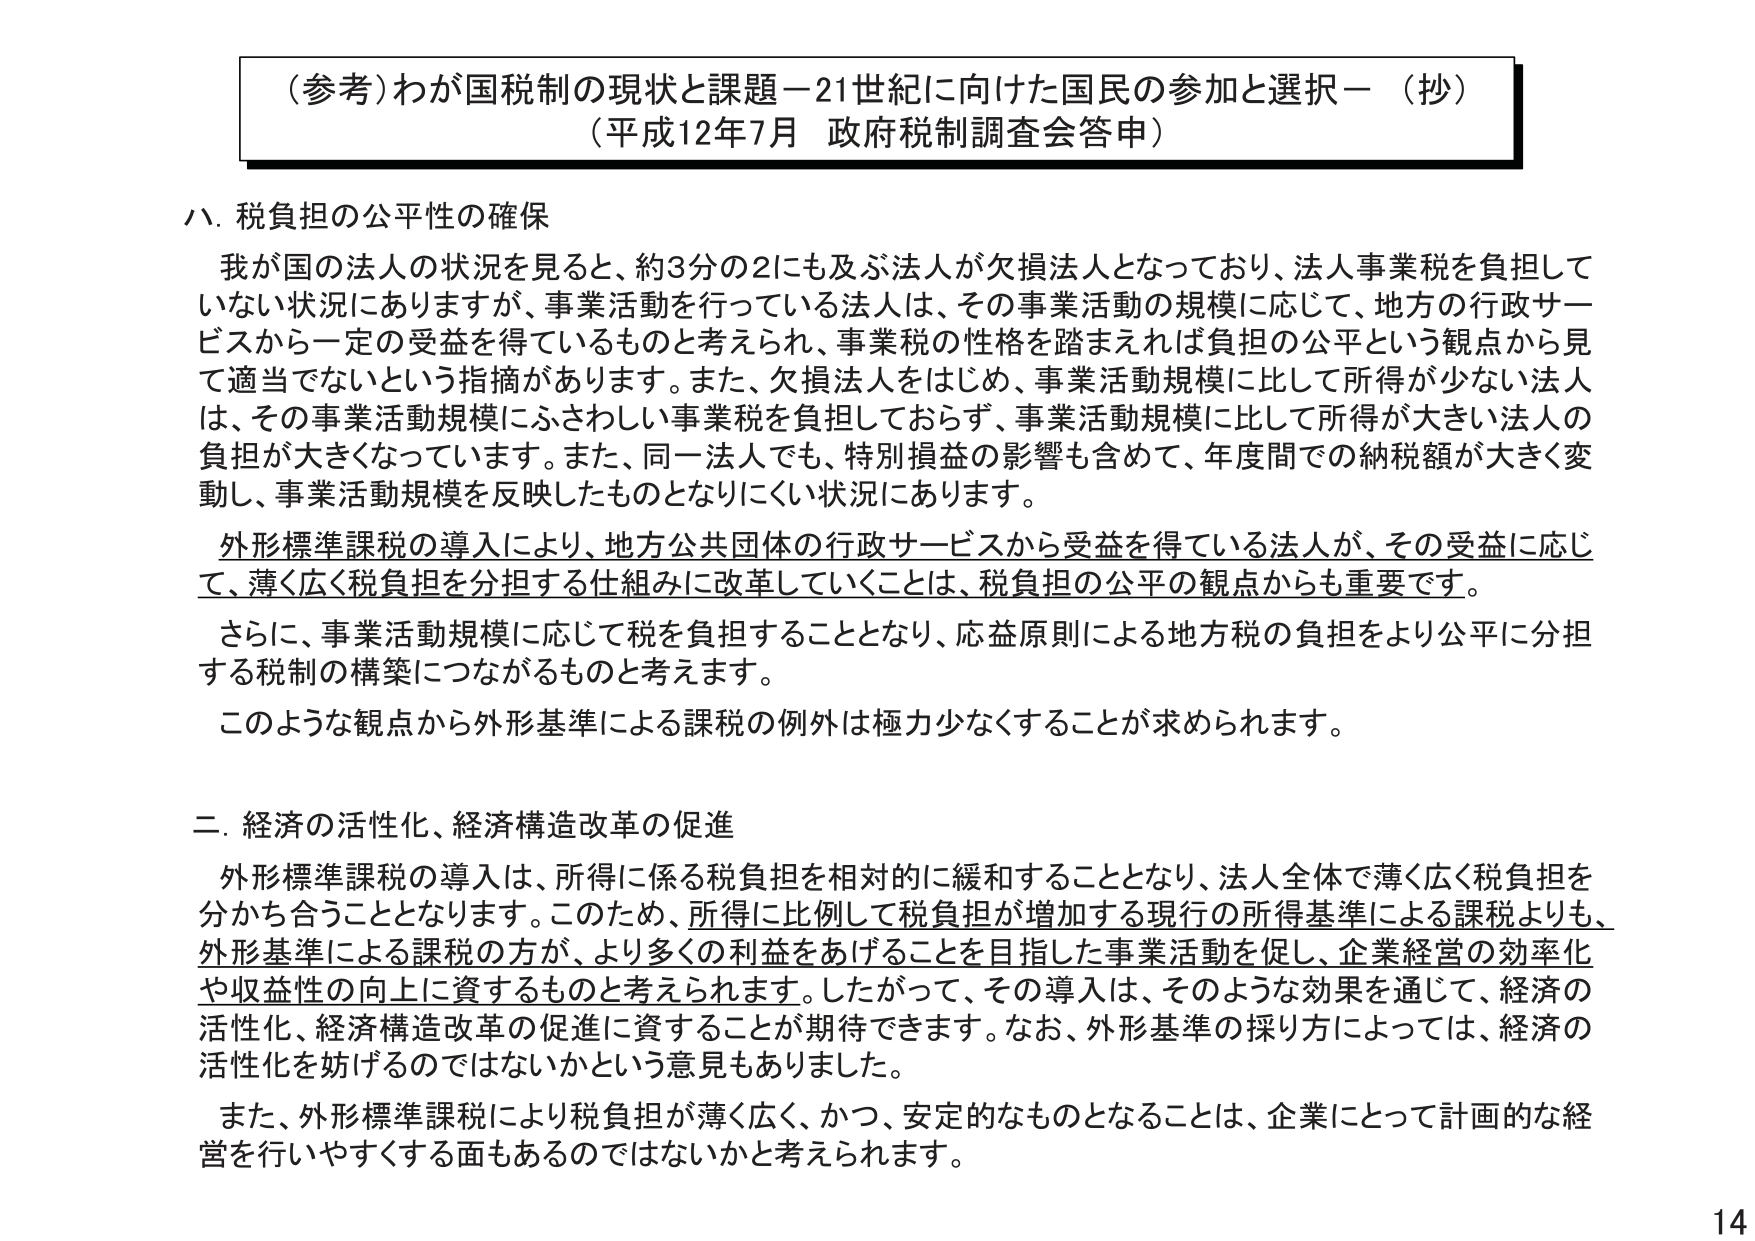
（参考）わが国税制の現状と課題－21世紀に向けた国民の参加と選択－（抄）
（平成12年7月 政府税制調査会答申）

八．税負担の公平性の確保
我が国の法人の状況を見ると、約3分の2にも及ぶ法人が欠損法人となっており、法人事業税を負担していない状況にあります。が、事業活動を行っている法人は、その事業活動の規模に応じて、地方の行政サービスから一定の受益を得ているものと考えられ、事業税の性格を踏まえれば負担の公平という観点から見て適当でないという指摘があります。また、欠損法人をはじめ、事業活動規模に比して所得が少ない法人は、その事業活動規模にふさわしい事業税を負担しておらず、事業活動規模に比して所得が大きい法人の負担が大きくなっています。また、同一法人でも、特別損益の影響も含めて、年度間での納税額が大きく変動し、事業活動規模を反映したものとなりにくい状況にあります。
外形標準課税の導入により、地方公共団体の行政サービスから受益を得ている法人が、その受益に応じて、薄く広く税負担を分担する仕組みに改革していくことは、税負担の公平の観点からも重要です。
さらに、事業活動規模に応じて税を負担することとなり、応益原則による地方税の負担をより公平に分担する税制の構築につながるものと考えます。
このような観点から外形基準による課税の例外は極力少なくすることが求められます。

二．経済の活性化、経済構造改革の促進
外形標準課税の導入は、所得に係る税負担を相対的に緩和することとなり、法人全体で薄く広く税負担を分かち合うこととなります。このため、所得に比例して税負担が増加する現行の所得基準による課税よりも、外形基準による課税の方が、より多くの利益をあげることを目指した事業活動を促し、企業経営の効率化や収益性の向上に資するものと考えられます。したがって、その導入は、そのような効果を通じて、経済の活性化、経済構造改革の促進に資することが期待できます。なお、外形基準の採り方によっては、経済の活性化を妨げるのではないかという意見もありました。
また、外形標準課税により税負担が薄く広く、かつ、安定的なものとなることは、企業にとって計画的な経営を行いやすくする面もあるのではないかと考えられます。

14